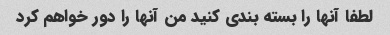
لطفا آنها را بسته بندی کنید من آنها را دور خواهم کرد